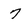
Character: 7